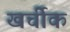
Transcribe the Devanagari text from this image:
खर्चीक